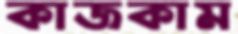
কাজকাম